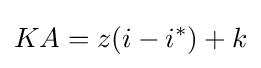
KA=z(i-i^{*})+k